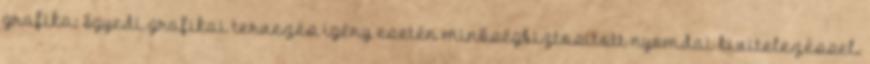
grafika: Egyedi grafikai tervezés igény esetén minőségbiztosított nyomdai kivitelezéssel.